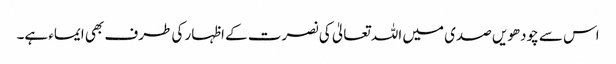
اس سے چودھویں صدی میں اللہ تعالیٰ کی نصرت کے اظہار کی طرف بھی ایماء ہے۔